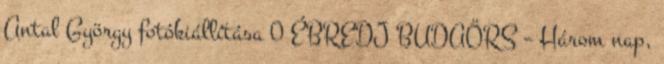
Antal György fotókiállítása 0 ÉBREDJ BUDAÖRS – Három nap,